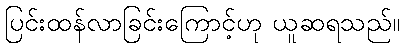
ပြင်းထန်လာခြင်းကြောင့်ဟု ယူဆရသည်။